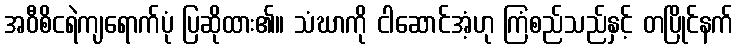
အဝီစိငရဲကျရောက်ပုံ ပြဆိုထား၏။ သံဃာကို ငါဆောင်အံ့ဟု ကြံစည်သည်နှင့် တပြိုင်နက်